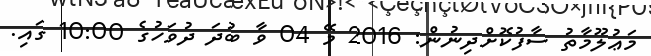
މަޢުލޫމާތު ސާފުކޮށްދިނުން: 2016 މޭ 04 ވާ ބުދަ ދުވަހުގެ 10:00 ގައި.